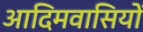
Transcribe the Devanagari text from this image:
आदिमवासियों